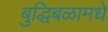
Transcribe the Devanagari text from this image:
बुद्धिबळामधे